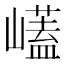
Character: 𭗡